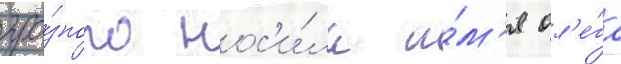
гро́зного нос'и́ла и́м'я ол'е́га